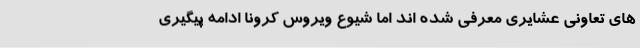
های تعاونی عشایری معرفی شده اند اما شیوع ویروس کرونا ادامه پیگیری